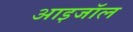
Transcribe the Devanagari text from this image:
आइजॉल